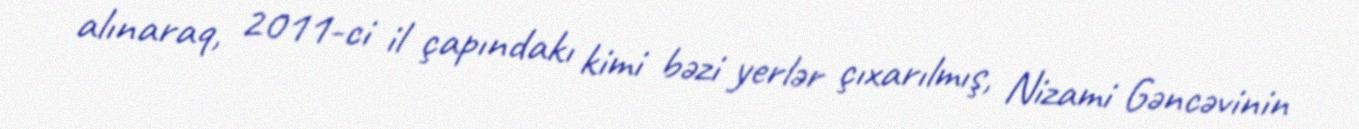
alınaraq, 2011-ci il çapındakı kimi bəzi yerlər çıxarılmış, Nizami Gəncəvinin